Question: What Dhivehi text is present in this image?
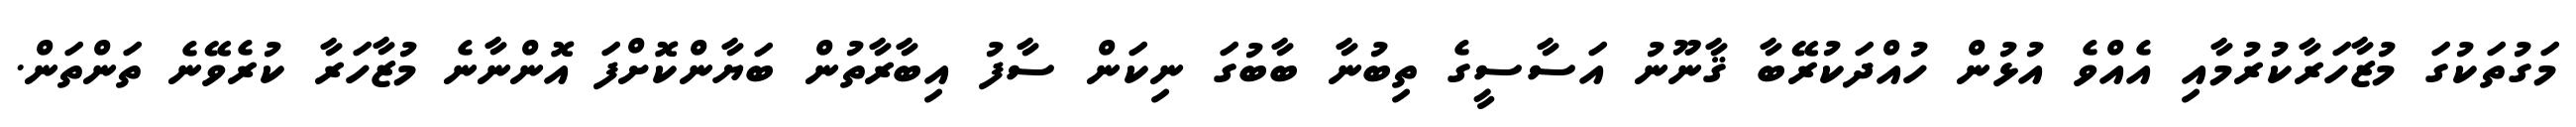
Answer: މަގުތަކުގަ މުޒާހަރާކުރުމާއި އެއްވެ އުޅުން ހުއްދަކުރޭބާ ޤާނޫނު އަސާސީގެ ތިބުނާ ބާބުގަ ނިކަން ސާފު އިބާރާތުން ބަޔާންކޮށްފަ އޮންނާނެ މުޒާހަރާ ކުރެވޭނެ ތަންތަން.